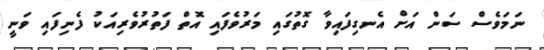
ނަމަވެސް ސަން އަށް އެނގިފައިވާ ގޮތުގައި މަރުވެފައި އޮތް ފަތުރުވެރިއަކު ފެނިފައި ވަނީ